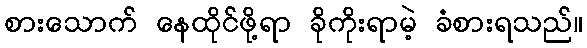
စားသောက် နေထိုင်ဖို့ရာ ခိုကိုးရာမဲ့ ခံစားရသည်။